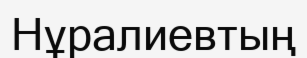
Нұралиевтың